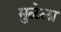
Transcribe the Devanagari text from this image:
मुळेला